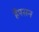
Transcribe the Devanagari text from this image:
हैंपसन